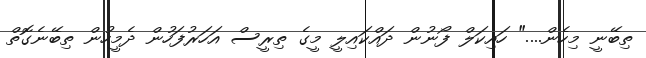
ތިބޭނީ މިހެން...." ހައިކަލް ފޯނުން ދައްކައިލީ މީގެ ތިރީސް އަހަރުފަހުން ދެމީހުން ތިބޭނެގޮތް